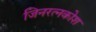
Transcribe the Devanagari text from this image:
जिनरत्नकोश